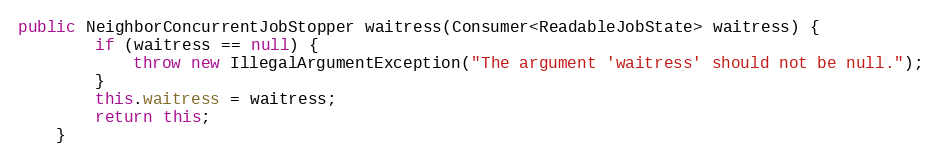
Language: Java
public NeighborConcurrentJobStopper waitress(Consumer<ReadableJobState> waitress) {
        if (waitress == null) {
            throw new IllegalArgumentException("The argument 'waitress' should not be null.");
        }
        this.waitress = waitress;
        return this;
    }